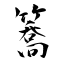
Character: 簥